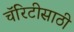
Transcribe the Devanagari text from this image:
चॅरिटीसाठी